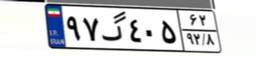
۳۰گ۲۸۹۲۲